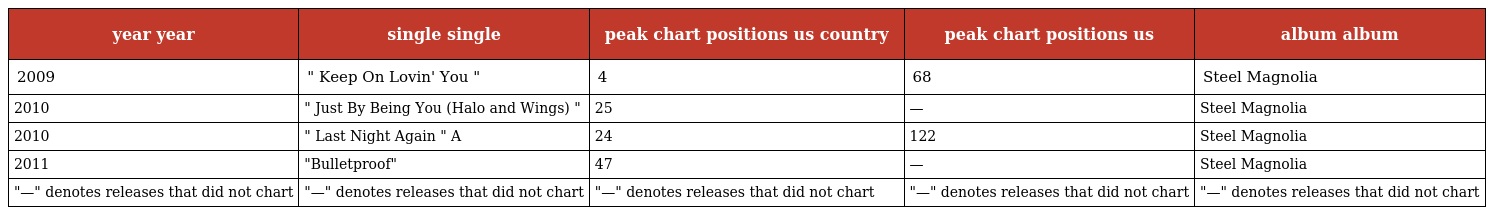
| year year | single single | peak chart positions us country | peak chart positions us | album album |
 | --- | --- | --- | --- | --- |
 | 2009 | " Keep On Lovin' You " | 4 | 68 | Steel Magnolia |
 | 2010 | " Just By Being You (Halo and Wings) " | 25 | — | Steel Magnolia |
 | 2010 | " Last Night Again " A | 24 | 122 | Steel Magnolia |
 | 2011 | "Bulletproof" | 47 | — | Steel Magnolia |
 | "—" denotes releases that did not chart | "—" denotes releases that did not chart | "—" denotes releases that did not chart | "—" denotes releases that did not chart | "—" denotes releases that did not chart |